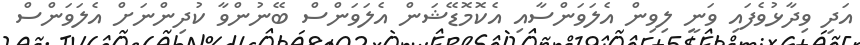
އަދި ވިދާޅުވެފައި ވަނީ ލިވިން އެލަވަންސާއި އެކޮމޮޑޭޝަން އެލަވަންސް ބޭނުންވާ ކުދިންނަށް އެލަވަންސް